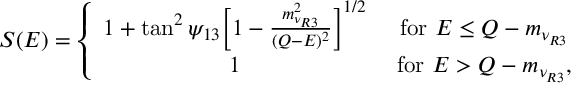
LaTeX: S ( E ) = \left\{ \begin{array} { c c } { { 1 + \tan ^ { 2 } \psi _ { 1 3 } \bigg [ 1 - { \frac { m _ { \nu _ { R 3 } } ^ { 2 } } { ( Q - E ) ^ { 2 } } } \bigg ] ^ { 1 / 2 } } } & { { \mathrm { ~ f o r ~ } E \leq Q - m _ { \nu _ { R 3 } } } } \\ { { 1 } } & { { \mathrm { ~ f o r ~ } E > Q - m _ { \nu _ { R 3 } } , } } \end{array} \right.